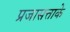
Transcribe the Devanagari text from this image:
प्रजासत्ताके